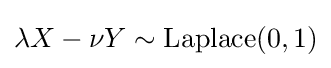
\lambda X-\nu Y\sim {\textrm {Laplace}}(0,1)